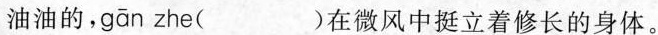
油油的， gān zhe( )在微风中挺立着修长的身体。